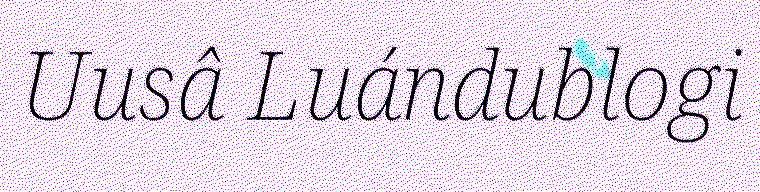
Uusâ Luándublogi